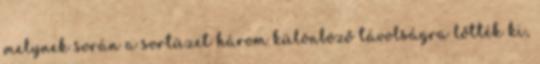
melynek során a sortüzet három különböző távolságra lőtték ki,